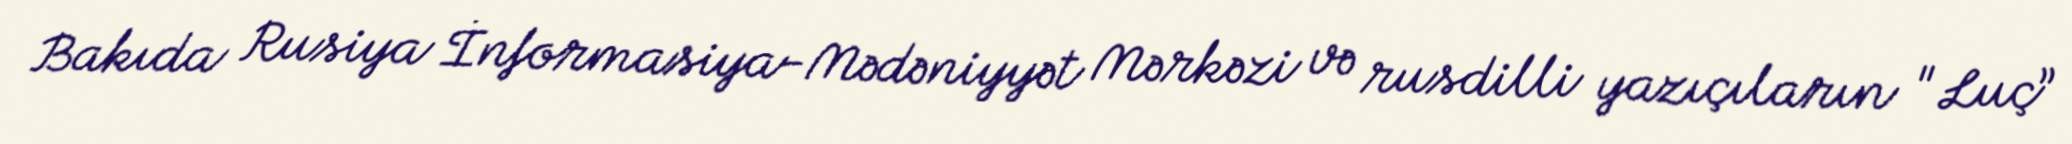
Bakıda Rusiya İnformasiya-Mədəniyyət Mərkəzi və rusdilli yazıçıların "Luç”